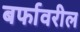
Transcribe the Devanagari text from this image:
बर्फावरील